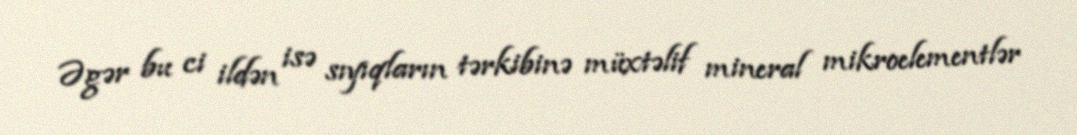
Əgər bu ci ildən isə sıyıqların tərkibinə müxtəlif mineral mikroelementlər